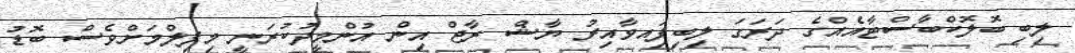
ލިބި ބޮލޮކްބާސްޓާއެއްގެ ދަރަގަ ލިބިފަިއވާއިރު ޔާޝް ރާޖް އިން އުންމީދުކުރަނީ މިފިލްމަށްވެސް ބޮޑު